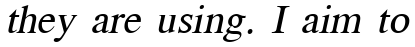
they are using. I aim to